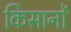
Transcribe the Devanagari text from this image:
किसानोंं